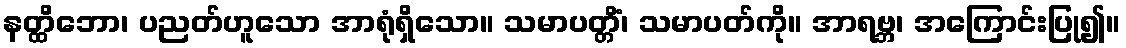
နတ္ထိဘော၊ ပညတ်ဟူသော အာရုံရှိသော။ သမာပတ္တိံ၊ သမာပတ်ကို။ အာရဗ္ဘ၊ အကြောင်းပြု၍။